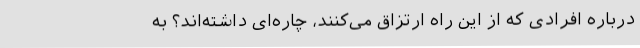
درباره افرادی که از این راه ارتزاق می‌کنند، چاره‌ای داشته‌اند؟ به